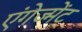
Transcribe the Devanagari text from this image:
एंगेज्मेंट